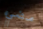
مضيء